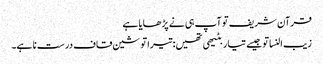
قرآن شریف تو آپ ہی نے پڑھایا ہے
زیب النسا تو جیسے تیار بٹیھی تھیں: تیرا تو شین قاف درست نا ہے۔